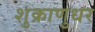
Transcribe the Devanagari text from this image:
शुक्राणुधर